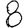
Digit: 8